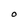
Character: O